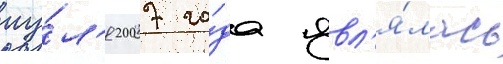
иу́л'я 2007 го́да явл'я́лась